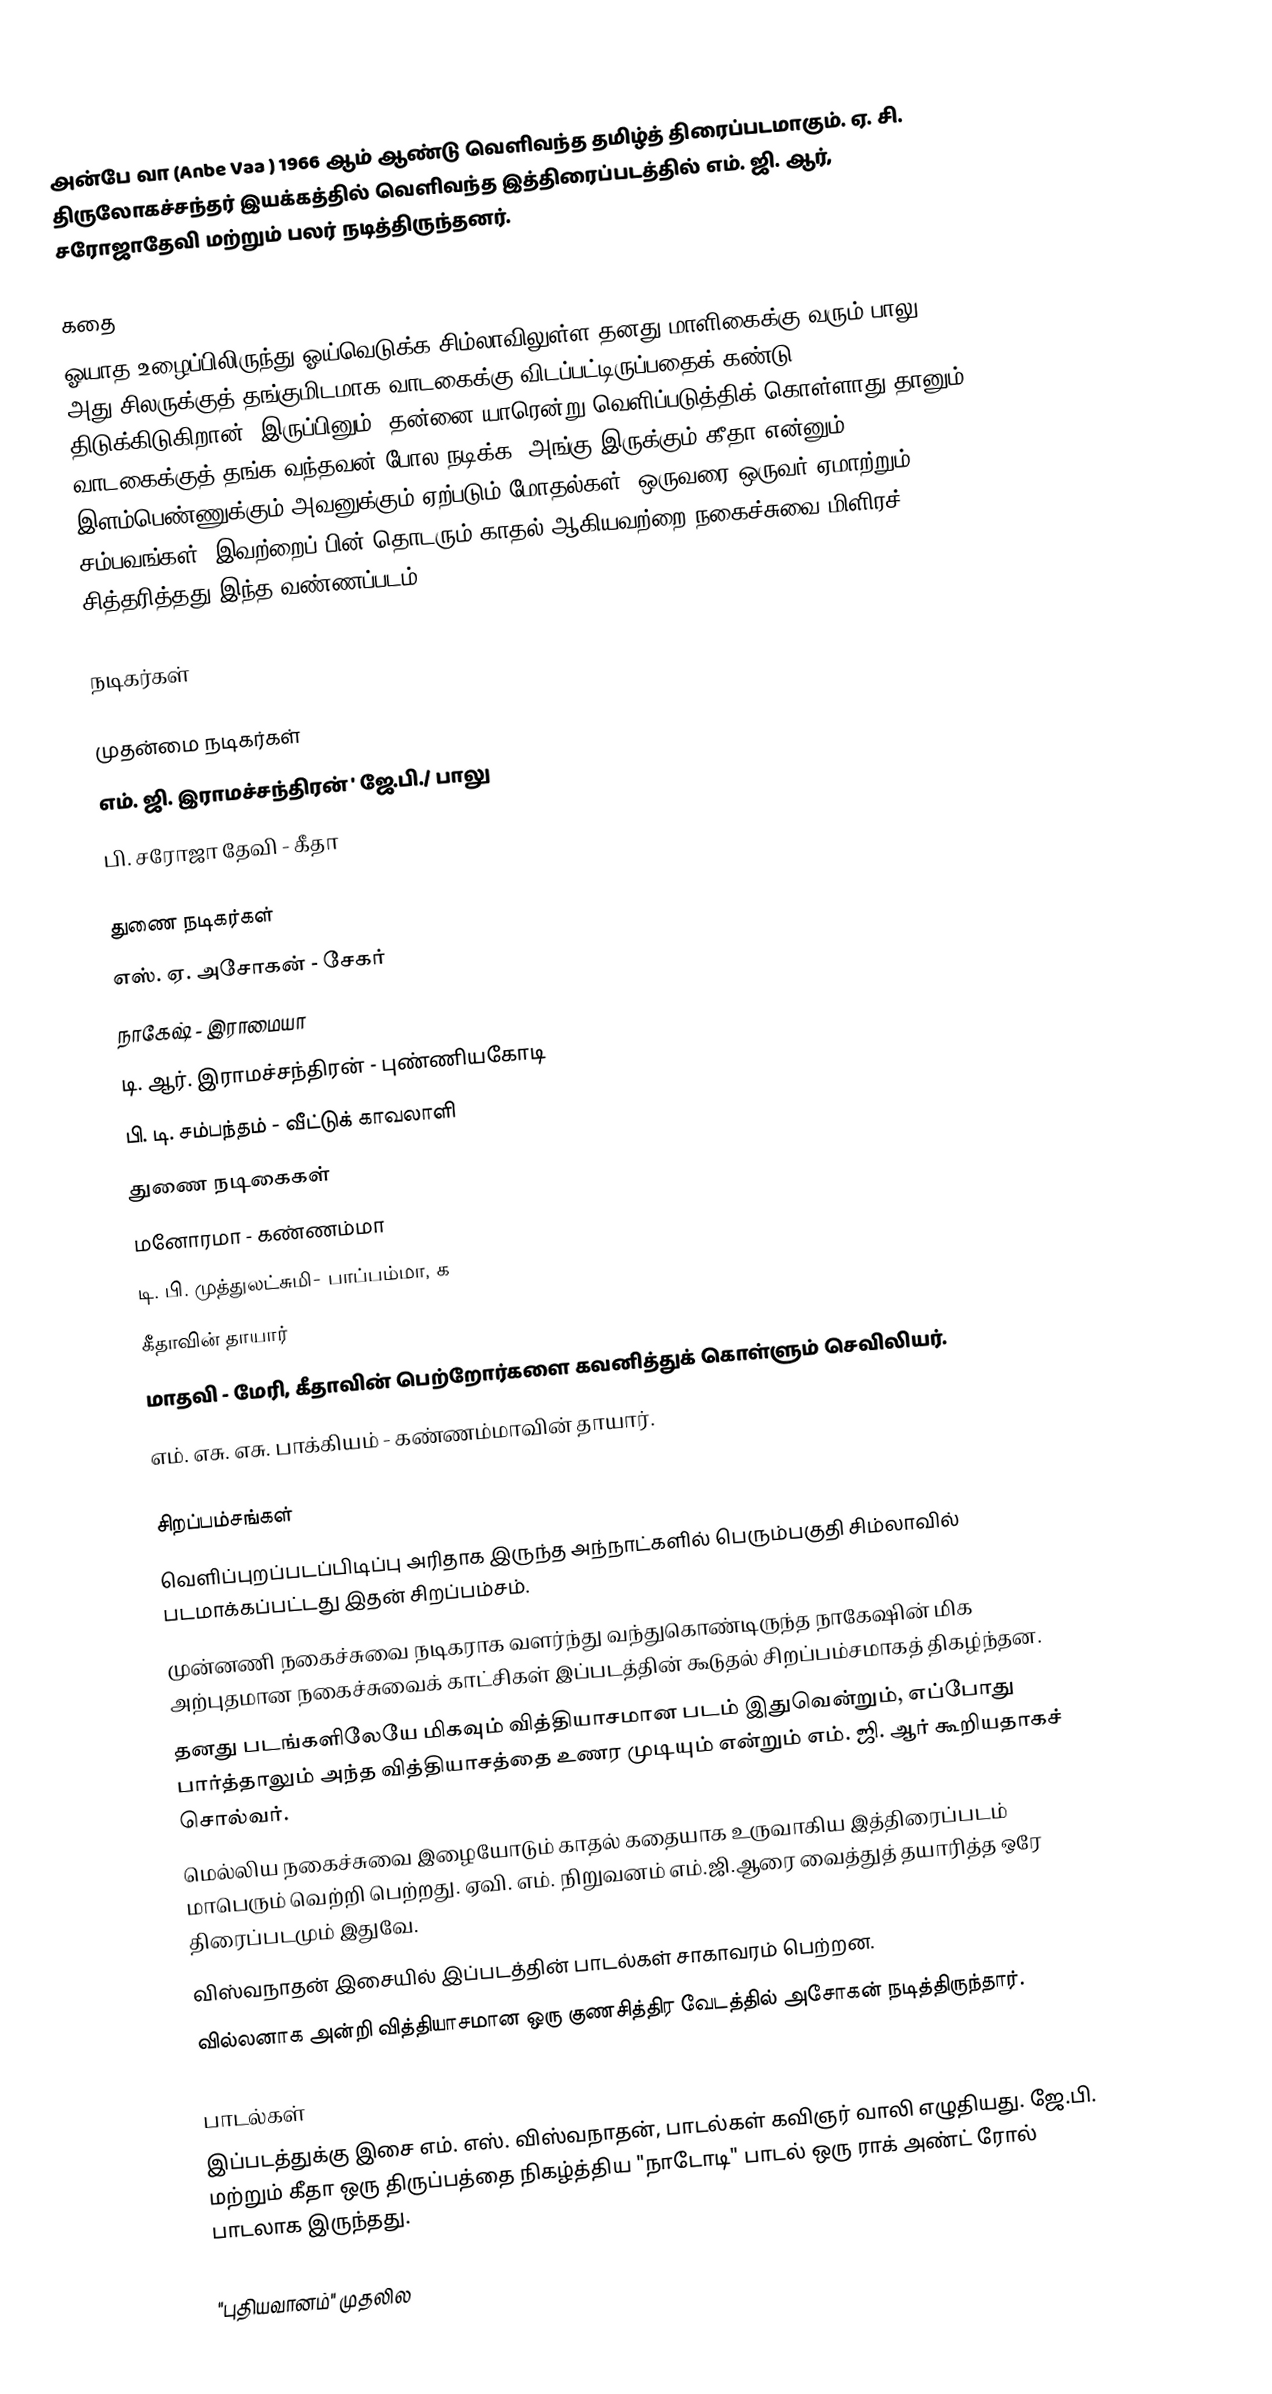
அன்பே வா (Anbe Vaa ) 1966 ஆம் ஆண்டு வெளிவந்த தமிழ்த் திரைப்படமாகும். ஏ. சி. திருலோகச்சந்தர் இயக்கத்தில் வெளிவந்த இத்திரைப்படத்தில் எம். ஜி. ஆர், சரோஜாதேவி மற்றும் பலர் நடித்திருந்தனர்.

கதை
ஓயாத உழைப்பிலிருந்து ஓய்வெடுக்க சிம்லாவிலுள்ள தனது மாளிகைக்கு வரும் பாலு, அது சிலருக்குத் தங்குமிடமாக வாடகைக்கு விடப்பட்டிருப்பதைக் கண்டு திடுக்கிடுகிறான். இருப்பினும், தன்னை யாரென்று வெளிப்படுத்திக் கொள்ளாது தானும் வாடகைக்குத் தங்க வந்தவன் போல நடிக்க, அங்கு இருக்கும் கீதா என்னும் இளம்பெண்ணுக்கும் அவனுக்கும் ஏற்படும் மோதல்கள், ஒருவரை ஒருவர் ஏமாற்றும் சம்பவங்கள், இவற்றைப் பின் தொடரும் காதல் ஆகியவற்றை நகைச்சுவை மிளிரச் சித்தரித்தது இந்த வண்ணப்படம்.

நடிகர்கள்

முதன்மை நடிகர்கள்
 எம். ஜி. இராமச்சந்திரன் ' ஜே.பி./ பாலு
 பி. சரோஜா தேவி - கீதா

துணை நடிகர்கள்
 எஸ். ஏ. அசோகன் - சேகர்
 நாகேஷ் - இராமையா
 டி. ஆர். இராமச்சந்திரன் - புண்ணியகோடி
 பி. டி. சம்பந்தம் - வீட்டுக் காவலாளி
துணை நடிகைகள்
 மனோரமா - கண்ணம்மா
 டி. பி. முத்துலட்சுமி-  பாப்பம்மா, க
கீதாவின் தாயார்
 மாதவி - மேரி, கீதாவின் பெற்றோர்களை கவனித்துக் கொள்ளும் செவிலியர்.
 எம். எசு. எசு. பாக்கியம் - கண்ணம்மாவின் தாயார்.

சிறப்பம்சங்கள்
 வெளிப்புறப்படப்பிடிப்பு அரிதாக இருந்த அந்நாட்களில் பெரும்பகுதி சிம்லாவில் படமாக்கப்பட்டது இதன் சிறப்பம்சம்.
 முன்னணி நகைச்சுவை நடிகராக வளர்ந்து வந்துகொண்டிருந்த நாகேஷின் மிக அற்புதமான நகைச்சுவைக் காட்சிகள் இப்படத்தின் கூடுதல் சிறப்பம்சமாகத் திகழ்ந்தன.
 தனது படங்களிலேயே மிகவும் வித்தியாசமான படம் இதுவென்றும், எப்போது பார்த்தாலும் அந்த வித்தியாசத்தை உணர முடியும் என்றும் எம். ஜி. ஆர் கூறியதாகச் சொல்வர்.
 மெல்லிய நகைச்சுவை இழையோடும் காதல் கதையாக உருவாகிய இத்திரைப்படம் மாபெரும் வெற்றி பெற்றது. ஏவி. எம். நிறுவனம் எம்.ஜி.ஆரை வைத்துத் தயாரித்த ஒரே திரைப்படமும் இதுவே.
 விஸ்வநாதன் இசையில் இப்படத்தின் பாடல்கள் சாகாவரம் பெற்றன.
 வில்லனாக அன்றி வித்தியாசமான ஒரு குணசித்திர வேடத்தில் அசோகன் நடித்திருந்தார்.

பாடல்கள்
இப்படத்துக்கு இசை எம். எஸ். விஸ்வநாதன்,  பாடல்கள் கவிஞர் வாலி எழுதியது.    ஜே.பி. மற்றும் கீதா ஒரு திருப்பத்தை நிகழ்த்திய  "நாடோடி" பாடல் ஒரு ராக் அண்ட் ரோல் பாடலாக இருந்தது.

"புதியவானம்" முதலில